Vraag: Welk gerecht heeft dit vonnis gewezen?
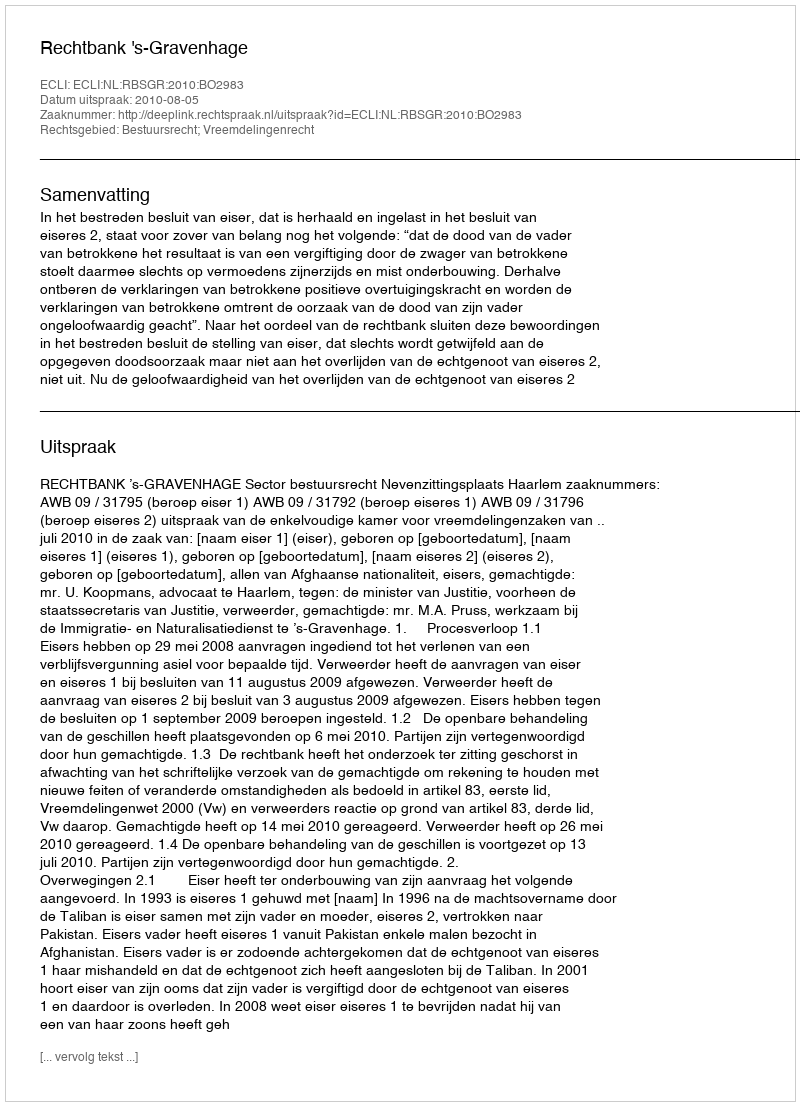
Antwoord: Rechtbank 's-Gravenhage